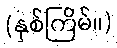
(နှစ်ကြိမ်။)